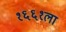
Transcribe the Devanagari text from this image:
१६६१ला